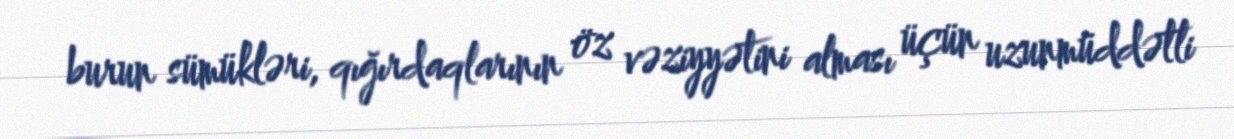
burun sümükləri, qığırdaqlarının öz vəziyyətini alması üçün uzunmüddətli